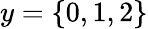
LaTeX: y=\{ 0,1,2\}